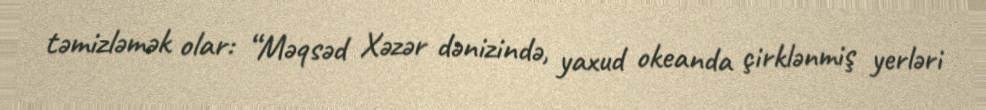
təmizləmək olar: “Məqsəd Xəzər dənizində, yaxud okeanda çirklənmiş yerləri